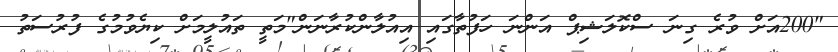
"200އަށް ވުރެ ގިނަ ސްކޮލަޝިޕް އަންނަ ހަފުތާގައި އިއުލާންކުރާނަން"މަތީ ތައުލީމަށް ކިޔެވުމުގެ ފުރުސަތު